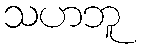
သဟဘူ